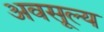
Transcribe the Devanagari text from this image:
अवसूल्य